Malarial fevers
Disease focus: Malaria
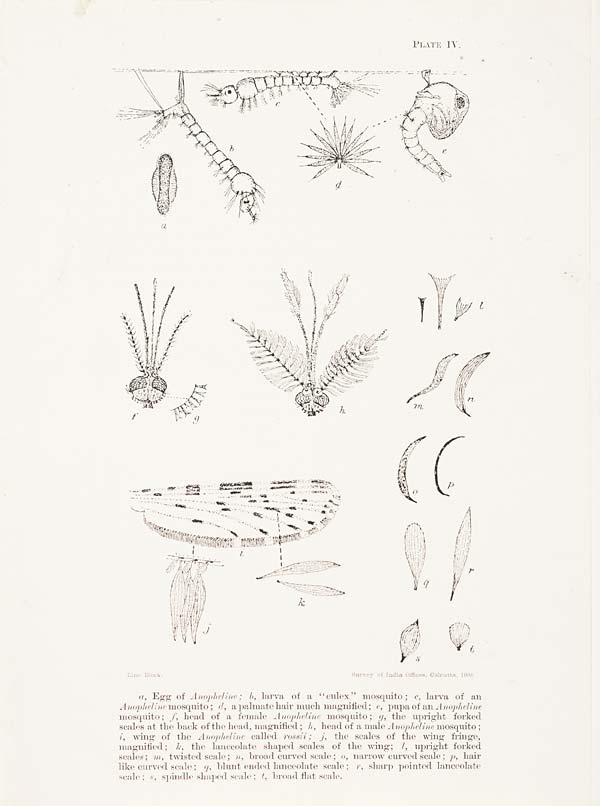
PLATE IV.
Line Block.
Survey of India Offices, Calcutta, 1908.
a, Egg of Anopheline; b, larva of a "culex" mosquito; c, larva of an
Anopheline mosquito; d, a palmate hair much, magnified; e, pupa of an Anopheline
mosquito; f, head of a female Anopheline mosquito; g, the upright forked
scales at the back of the head, magnified; h, head of a male Anopheline mosquito;
i, wing of the Anopheline called rossii; j, the scales of the wing fringe,
magnified; k, the lanceolate shaped scales of the wing; l, upright forked
scales; m, twisted scale; n, broad curved scale; o, narrow curved scale; p, hair
like curved scale; q, blunt ended lanceolate scale; r, sharp pointed lanceolate
scale; s, spindle shaped scale; t, broad flat scale.